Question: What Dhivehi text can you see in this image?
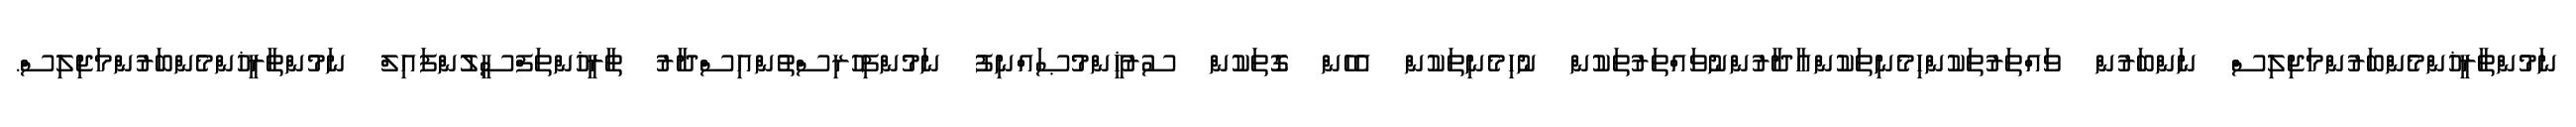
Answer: ނަމުންތާރީޚުންމެންބަރުންމަޖިލިސް ނަންބަރުން ވައްތަރުތަކުންހިމެނިތަކުންއާދާރުންނުވައްތަރުތަކުން ނުހިމެނިތަކުން އެހެން ގޮތަކުން ސުރުޚީންމުޞައްނިފު ނަމުންފިހުރިސްތުންއިސްދާރު ތާރީޚުންތަފްސީލުންފައިލް ނަމުންތާރީޚުންމެންބަރުންމަޖިލިސް.